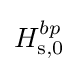
H_{\rm {s,0}}^{bp}